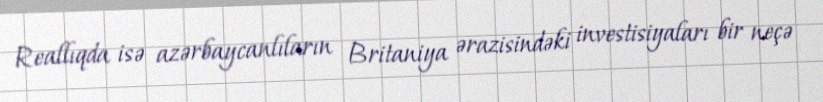
Reallıqda isə azərbaycanlıların Britaniya ərazisindəki investisiyaları bir neçə